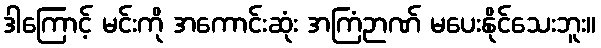
ဒါကြောင့် မင်းကို အကောင်းဆုံး အကြံဉာဏ် မပေးနိုင်သေးဘူး။